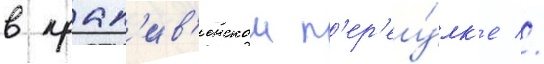
в крап'ив'енском п'ер'еу́лк'е //